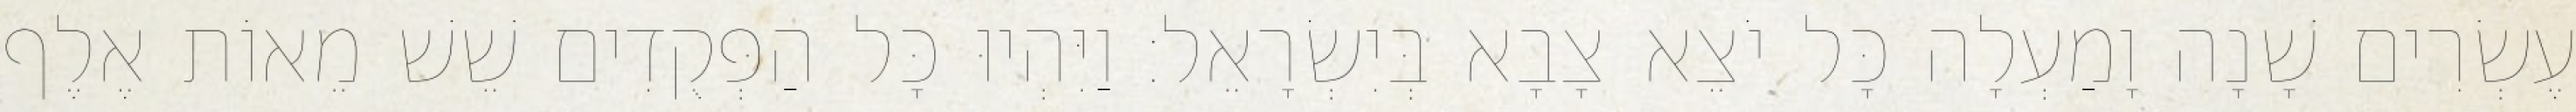
עֶשְׂרִים שָׁנָה וָמַעְלָה כָּל יֹצֵא צָבָא בְּיִשְׂרָאֵל׃ וַיִּהְיוּ כָּל הַפְּקֻדִים שֵׁשׁ מֵאוֹת אֶלֶף